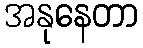
အနုနေတာ